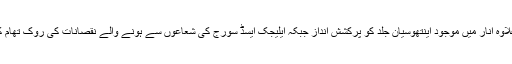
اس کے علاوہ انار میں موجود اینتھوسیان جلد کو پرکشش انداز جبکہ ایلیجک ایسڈ سورج کی شعاعوں سے ہونے والے نقصانات کی روک تھام کرتے ہیں۔